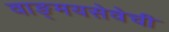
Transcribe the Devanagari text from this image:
वाङ्‌मयसेवेची